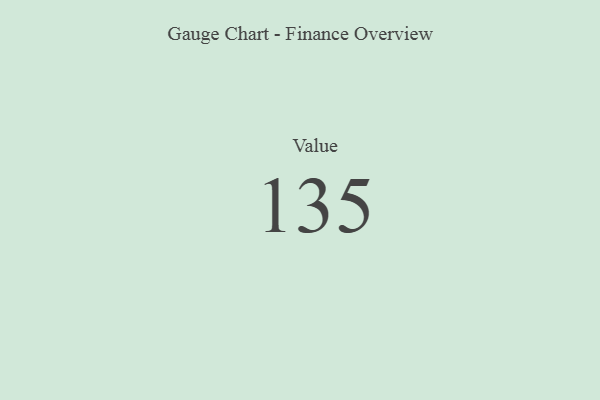
{"axis": {"x": "Metric", "y": "Value"}, "legend": [""], "data": [{"x": "Value", "y": 135, "type": ""}]}